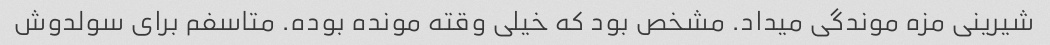
شیرینی مزه موندگی میداد. مشخص بود که خیلی وقته مونده بوده. متاسفم برای سولدوش